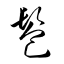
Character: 髱